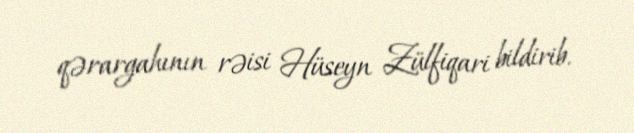
qərargahının rəisi Hüseyn Zülfiqari bildirib.